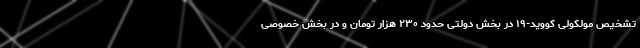
تشخیص مولکولی کووید-۱۹ در بخش دولتی حدود ۲۳۰ هزار تومان و در بخش خصوصی